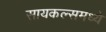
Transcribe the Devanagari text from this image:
सायकल्समध्ये